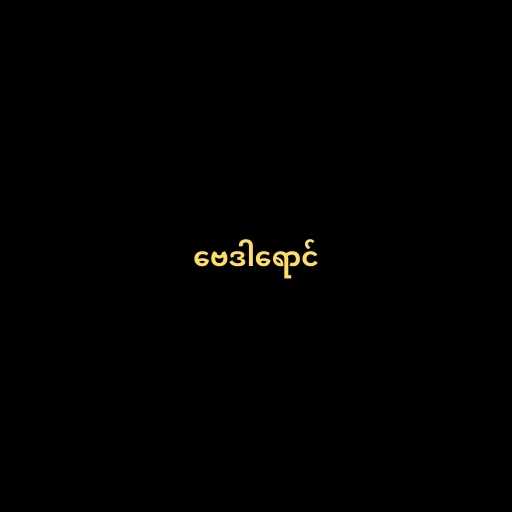
ဗေဒါရောင်